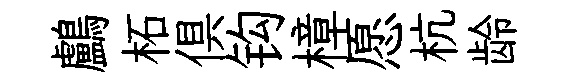
鸕柘俱钩樟愿杭龄